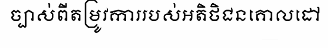
ច្បាស់ពីតម្រូវការរបស់អតិថិជនគោលដៅ